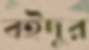
বইদুর